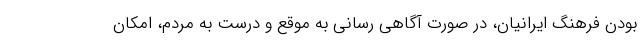
بودن فرهنگ ایرانیان، در صورت آگاهی رسانی به موقع و درست به مردم، امکان